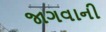
જાગવાની